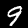
Label: 9